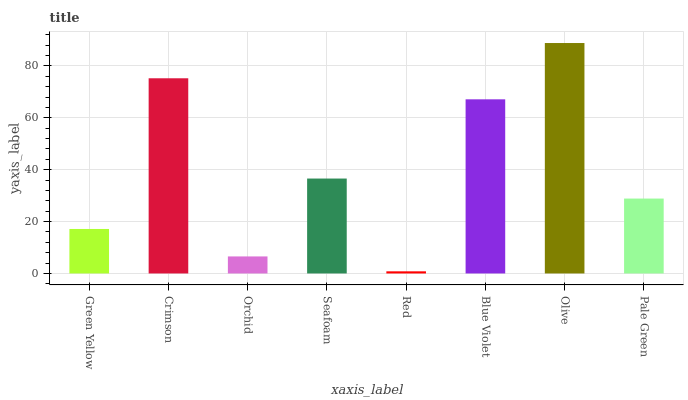
| xaxis_label | bars |
 | --- | --- |
 | Green Yellow | 17.2 |
 | Crimson | 75.2 |
 | Orchid | 6.57 |
 | Seafoam | 36.6 |
 | Red | 0.824 |
 | Blue Violet | 67.1 |
 | Olive | 88.8 |
 | Pale Green | 28.9 |